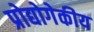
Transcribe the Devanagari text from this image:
प्रोद्योगेकीय